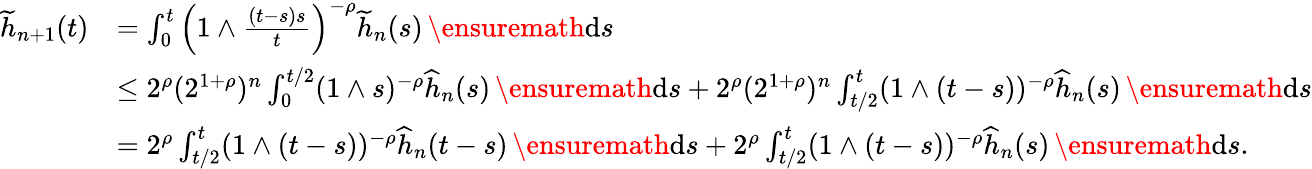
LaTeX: \begin{array}{rl}{\widetilde{h}_{n+1}(t)}&{=\int_{0}^{t}\left(1\wedge\frac{(t-s)s}{t}\right)^{-\rho}\widetilde{h}_{n}(s)\, \ensuremath{\mathrm{d}}s}\\ &{\le 2^{\rho}(2^{1+\rho})^{n}\int_{0}^{t/2}(1\wedge s)^{-\rho}\widehat{h}_{n}(s)\, \ensuremath{\mathrm{d}}s+2^{\rho}(2^{1+\rho})^{n}\int_{t/2}^{t}(1\wedge(t-s))^{-\rho}\widehat{h}_{n}(s)\, \ensuremath{\mathrm{d}}s}\\ &{=2^{\rho}\int_{t/2}^{t}(1\wedge(t-s))^{-\rho}\widehat{h}_{n}(t-s)\, \ensuremath{\mathrm{d}}s+2^{\rho}\int_{t/2}^{t}(1\wedge(t-s))^{-\rho}\widehat{h}_{n}(s)\, \ensuremath{\mathrm{d}}s.}\end{array}